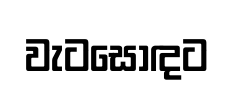
වැටසොඳට